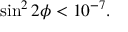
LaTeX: \sin ^ { 2 } 2 \phi < 1 0 ^ { - 7 } .